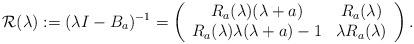
LaTeX: \begin{align*}\mathcal{R}(\lambda ):=(\lambda I- B_a)^{-1}=\left( \begin{array}{cc} R_a(\lambda )(\lambda +a) & R_a(\lambda ) \\ R_a(\lambda)\lambda(\lambda +a)-1 & \lambda R_a(\lambda )\end{array}\right) .\end{align*}